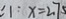
1 1 : x = 2 7